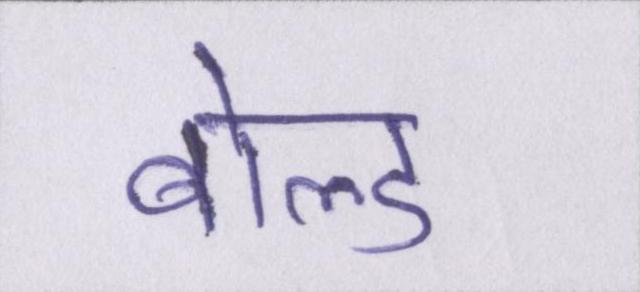
बोल्ड